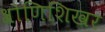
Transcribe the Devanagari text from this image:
श्रोणिशिखर